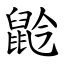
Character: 䶃